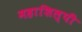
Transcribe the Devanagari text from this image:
महाशिल्पी